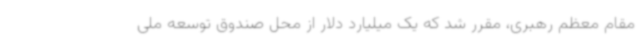
مقام معظم رهبری، مقرر شد که یک میلیارد دلار از محل صندوق توسعه ملی